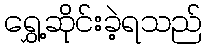
ရွှေ့ဆိုင်းခဲ့ရသည်